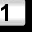
Digit: 1